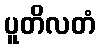
ပူတိလတံ